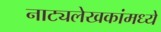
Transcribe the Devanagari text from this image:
नाट्यलेखकांमध्ये